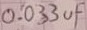
Text: 0.033uF